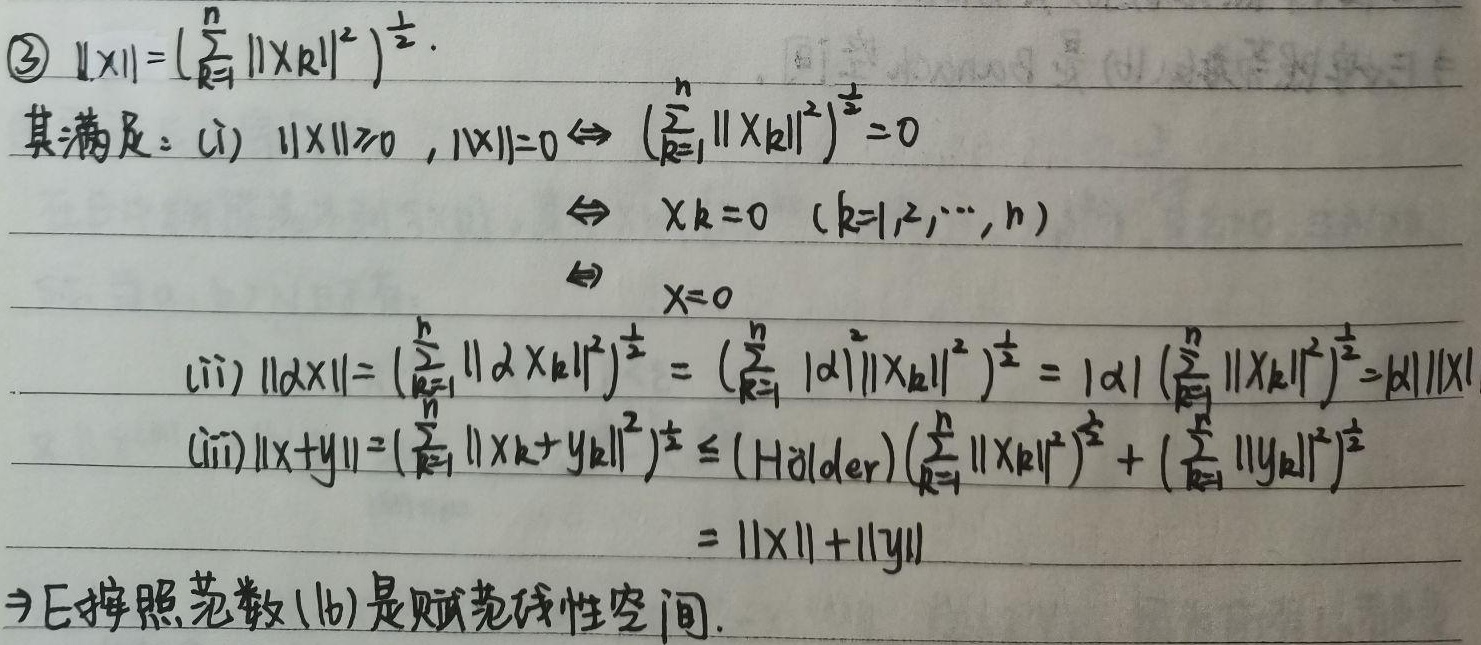
\textcircled{3} $\lVert X\rVert = \left(\sum_{k = 1}^{n}\lVert X_k\rVert^{2}\right)^{\frac{1}{2}}$.
其满足：(i) $\lVert X\rVert\geq0$, $\lVert X\rVert = 0 \Leftrightarrow \left(\sum_{k = 1}^{n}\lVert X_k\rVert^{2}\right)^{\frac{1}{2}} = 0$
$\Leftrightarrow X_k = 0\ (k = 1,2,\cdots,n)$
$\Leftrightarrow X = 0$

(ii) $\lVert \alpha X\rVert=\left(\sum_{k = 1}^{n}\lVert \alpha X_k\rVert^{2}\right)^{\frac{1}{2}}=\left(\sum_{k = 1}^{n}|\alpha|^{2}\lVert X_k\rVert^{2}\right)^{\frac{1}{2}}=|\alpha|\left(\sum_{k = 1}^{n}\lVert X_k\rVert^{2}\right)^{\frac{1}{2}}=|\alpha|\lVert X\rVert$

(iii) $\lVert X + Y\rVert=\left(\sum_{k = 1}^{n}\lVert X_k+Y_k\rVert^{2}\right)^{\frac{1}{2}}\leq (\text{Hölder})\left(\sum_{k = 1}^{n}\lVert X_k\rVert^{2}\right)^{\frac{1}{2}}+\left(\sum_{k = 1}^{n}\lVert Y_k\rVert^{2}\right)^{\frac{1}{2}}$
$=\lVert X\rVert+\lVert Y\rVert$

$\Rightarrow$E按照范数(16)是赋范线性空间.